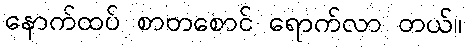
နောက်ထပ် စာတစောင် ရောက်လာ တယ်။